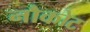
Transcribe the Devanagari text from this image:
नौकोट